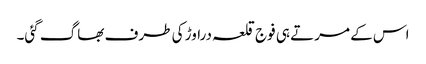
اس کے مرتے ہی فوج قلعہ دراوڑ کی طرف بھاگ گئی۔